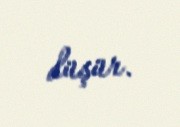
düşür.